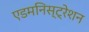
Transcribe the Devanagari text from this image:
एडमनिस्ट्रेशन